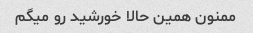
ممنون همین حالا خورشید رو میگم